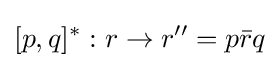
[p,q]^{*}:r\rightarrow r''=p{\bar {r}}q